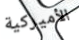
الأميركية